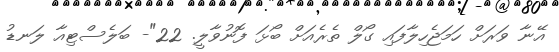
އޭނާ ވަރަށް ހަމަޖެހިލާފައި ގޯލް ތެރެއަށް ބޯޅަ ފޮނުވާލީ. 22"- ބަލެސްޓިއާ ލަނޑު